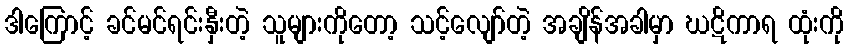
ဒါကြောင့် ခင်မင်ရင်းနှီးတဲ့ သူများကိုတော့ သင့်လျော်တဲ့ အချိန်အခါမှာ ဃဋိကာရ ထုံးကို